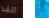
انقذ أن